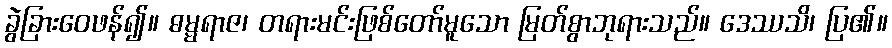
ခွဲခြားဝေဖန်၍။ ဓမ္မရာဇ၊ တရားမင်းဖြစ်တော်မူသော မြတ်စွာဘုရားသည်။ ဒေဿသိ၊ ပြ၏။